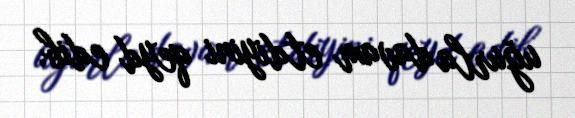
uğurla davam etdiyini qeyd edib.